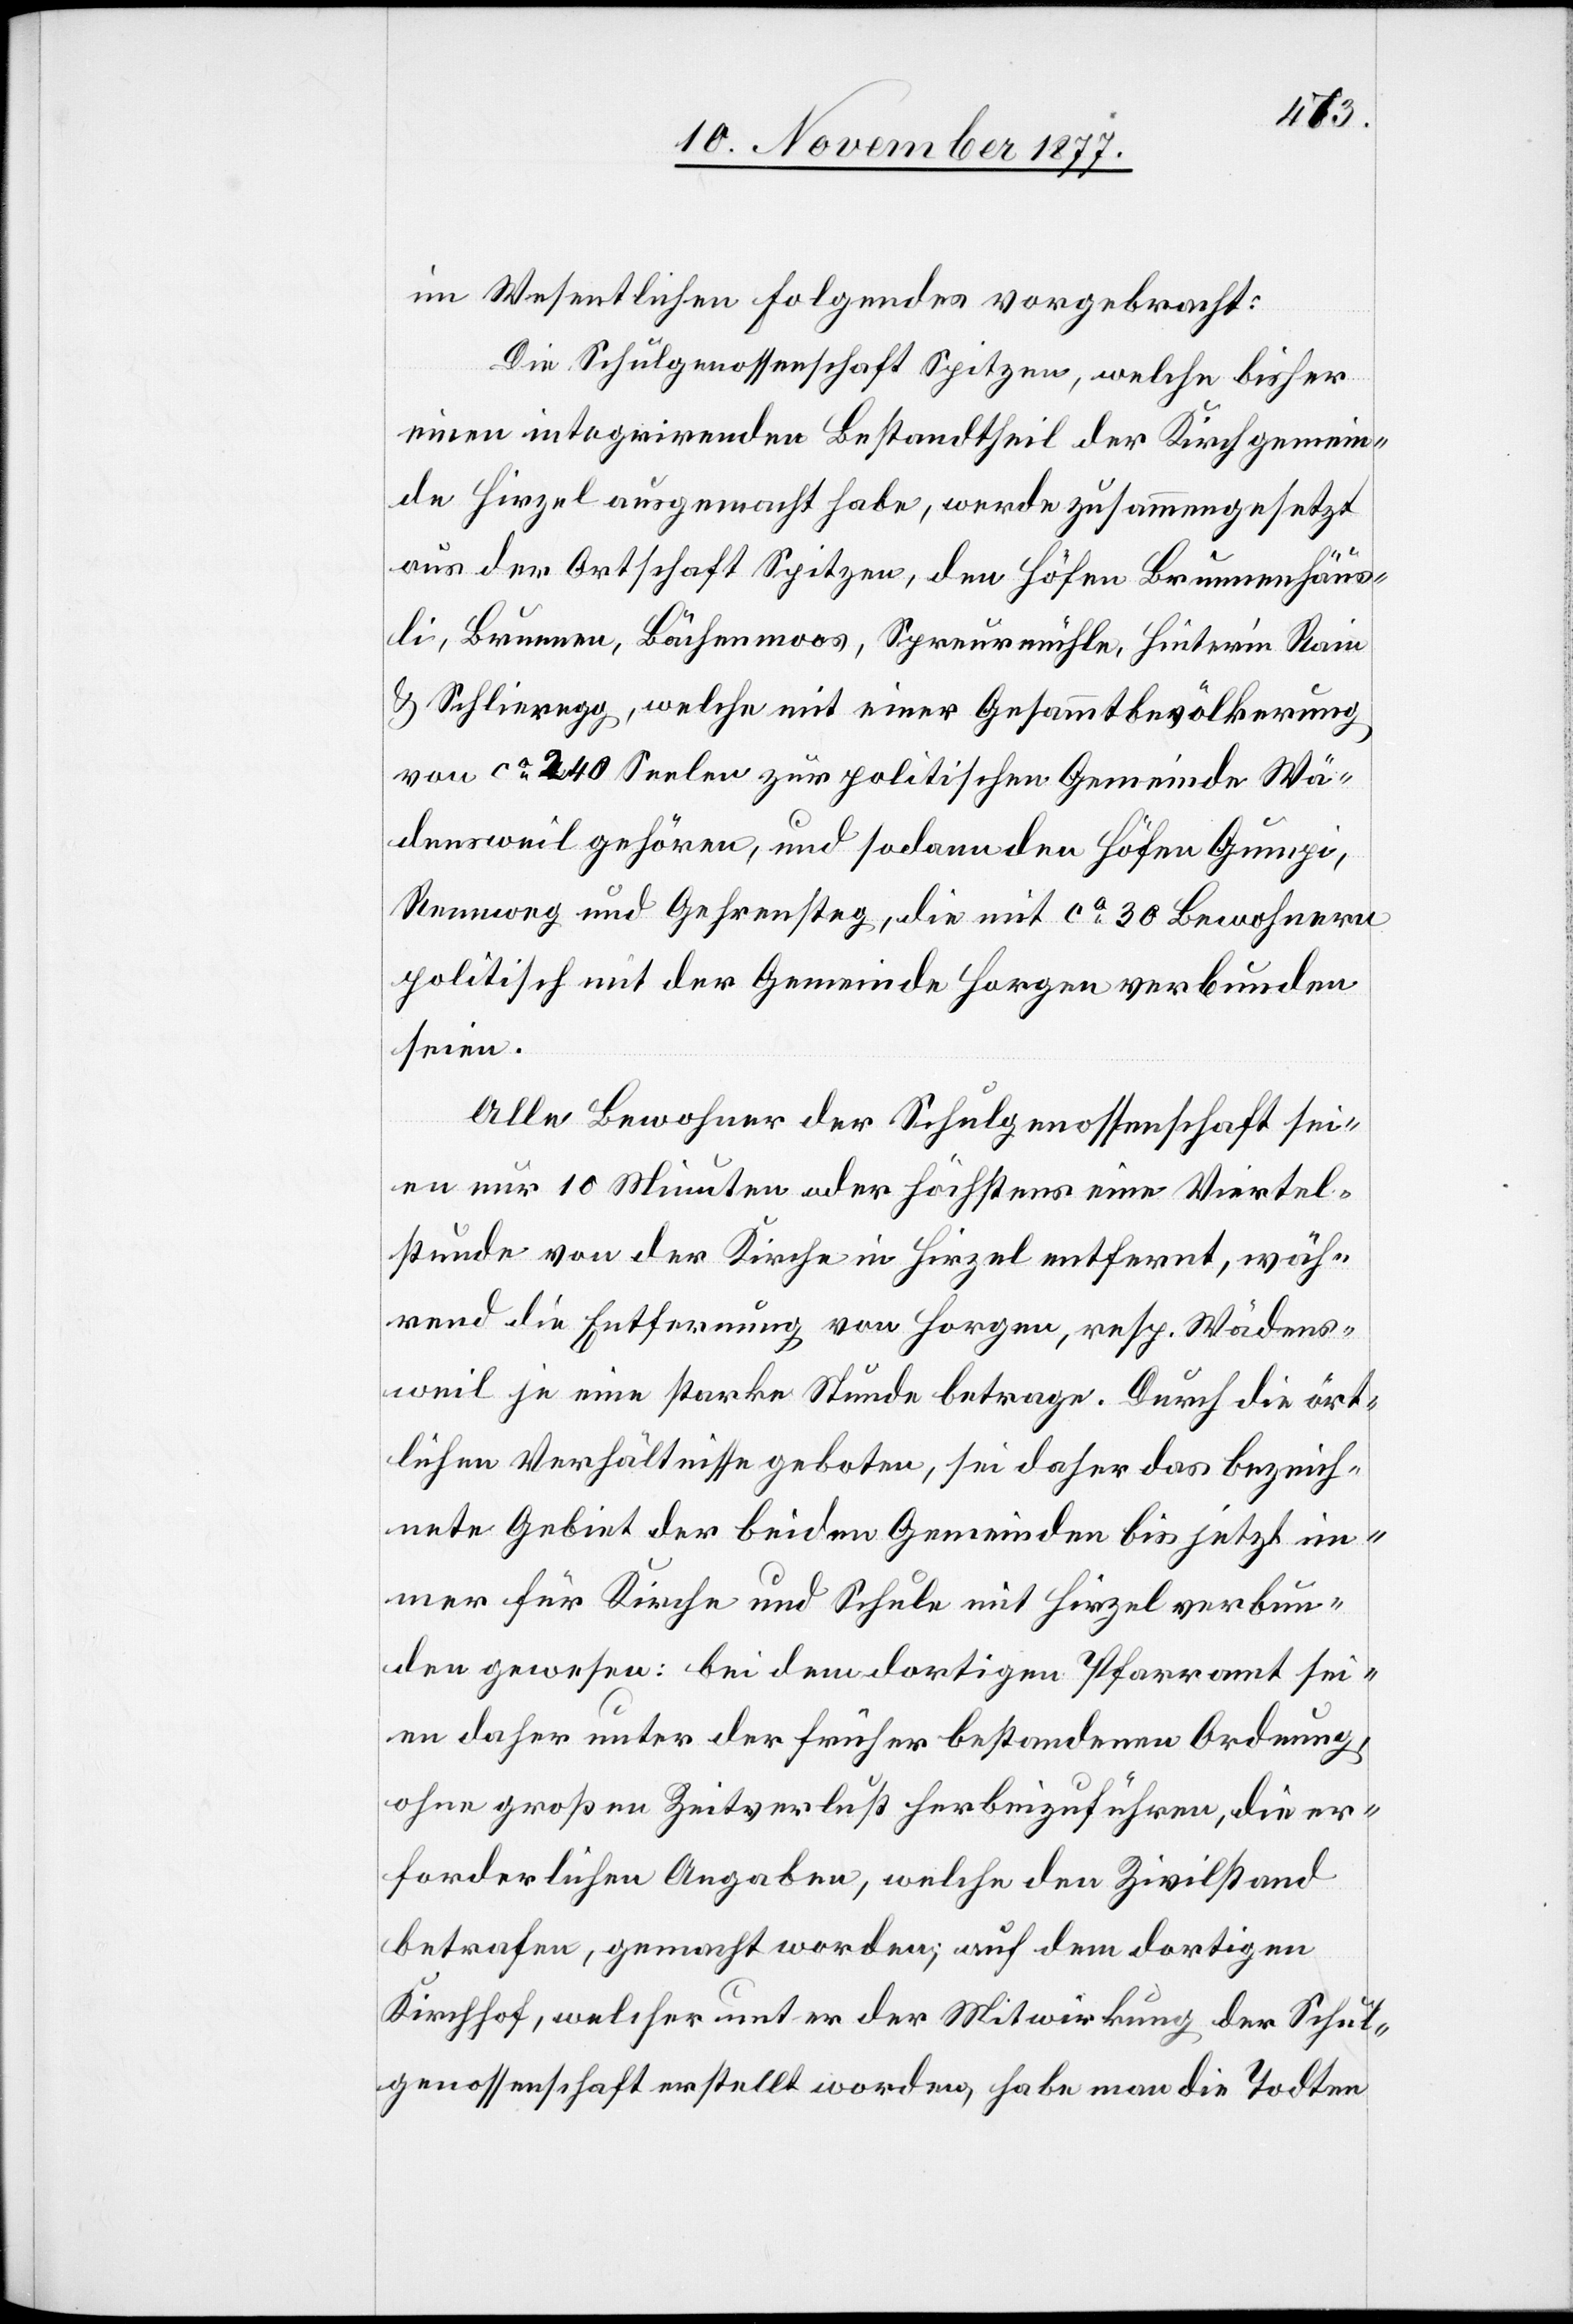
im Wesentlichen Folgendes vorgebracht:
Die Schulgenossenschaft Spitzen, welche bisher
einen integrirenden Bestandtheil der Kirchgemein¬
de Hirzel ausgemacht habe, werde zusammengesetzt
aus der Ortschaft Spitzen, den Höfen Brunnenhäus¬
li, Brunnen, Bächenmoos, Spreurmühle, Hinter’m Rain
& Schlieregg, welche mit einer Gesammtbevölkerung
von ca 240 Seelen zur politischen Gemeinde Wä¬
densweil gehören, und sodann den Höfen Gumpi,
Rennweg und Gehrensteg, die mit ca 30 Bewohnern
politisch mit der Gemeinde Horgen verbunden
seien.
Alle Bewohner der Schulgenossenschaft sei¬
en nur 10 Minuten oder höchstens eine Viertel¬
stunde von der Kirche in Hirzel entfernt, wäh¬
rend die Entfernung von Horgen, resp. Wädens¬
weil je eine starke Stunde betrage. Durch die ört¬
lichen Verhältnisse geboten, sei daher das bezeich¬
nete Gebiet der beiden Gemeinden bis jetzt im¬
mer für Kirche und Schule mit Hirzel verbun¬
den gewesen: bei dem dortigen Pfarramt sei¬
en daher unter der früher bestandenen Ordnung,
ohne großen Zeitverlust herbeizuführen, die er¬
forderlichen Angaben, welche den Zivilstand
betrafen, gemacht worden; auf dem dortigen
Kirchhof, welcher unter der Mitwirkung der Schul¬
genossenschaft erstellt worden, habe man die Todten